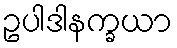
ဥပါဒါနက္ခယာ